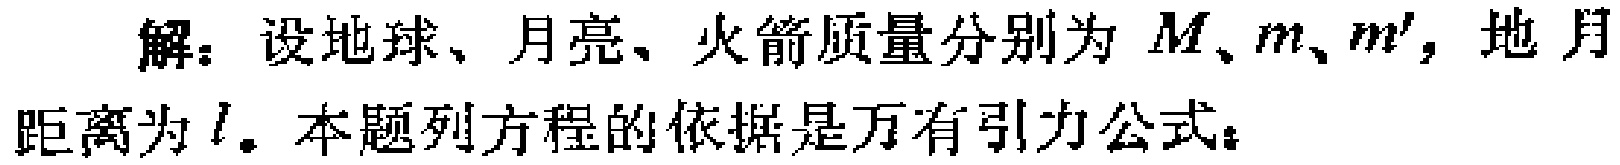
解：设地球、月亮、火箭质量分别为 \(M、m、m'\)，地月距离为 \(l\)。本题列方程的依据是万有引力公式：